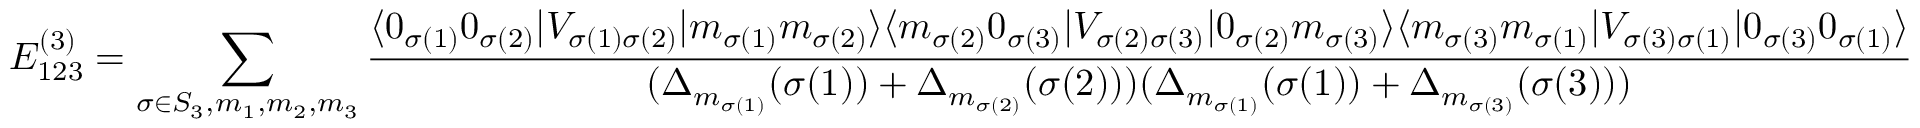
E _ { 1 2 3 } ^ { ( 3 ) } = \sum _ { \sigma \in S _ { 3 } , m _ { 1 } , m _ { 2 } , m _ { 3 } } \frac { \langle 0 _ { \sigma ( 1 ) } 0 _ { \sigma ( 2 ) } | V _ { \sigma ( 1 ) \sigma ( 2 ) } | m _ { \sigma ( 1 ) } m _ { \sigma ( 2 ) } \rangle \langle m _ { \sigma ( 2 ) } 0 _ { \sigma ( 3 ) } | V _ { \sigma ( 2 ) \sigma ( 3 ) } | 0 _ { \sigma ( 2 ) } m _ { \sigma ( 3 ) } \rangle \langle m _ { \sigma ( 3 ) } m _ { \sigma ( 1 ) } | V _ { \sigma ( 3 ) \sigma ( 1 ) } | 0 _ { \sigma ( 3 ) } 0 _ { \sigma ( 1 ) } \rangle } { ( \Delta _ { m _ { \sigma ( 1 ) } } ( \sigma ( 1 ) ) + \Delta _ { m _ { \sigma ( 2 ) } } ( \sigma ( 2 ) ) ) ( \Delta _ { m _ { \sigma ( 1 ) } } ( \sigma ( 1 ) ) + \Delta _ { m _ { \sigma ( 3 ) } } ( \sigma ( 3 ) ) ) }